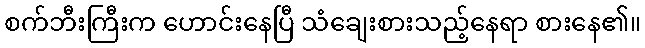
စက်ဘီးကြီးက ဟောင်းနေပြီ သံချေးစားသည့်နေရာ စားနေ၏။